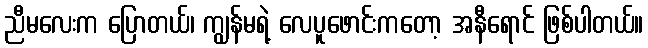
ညီမလေးက ပြောတယ်၊ ကျွန်မရဲ့ လေပူဖောင်းကတော့ အနီရောင် ဖြစ်ပါတယ်။